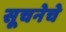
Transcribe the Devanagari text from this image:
सूचनेचे